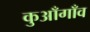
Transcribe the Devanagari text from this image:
कुआँगाँव